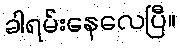
ခါရမ်းနေလေပြီ။